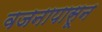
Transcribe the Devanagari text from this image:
वजनापासून